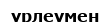
үрлеумен